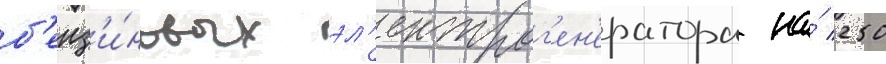
б'енз'и́новых эл'ектрог'ен'ератора на́ 250